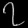
Digit: ၇